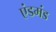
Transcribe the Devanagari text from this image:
एंडमंड